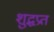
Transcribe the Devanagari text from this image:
शुद्धप्रत